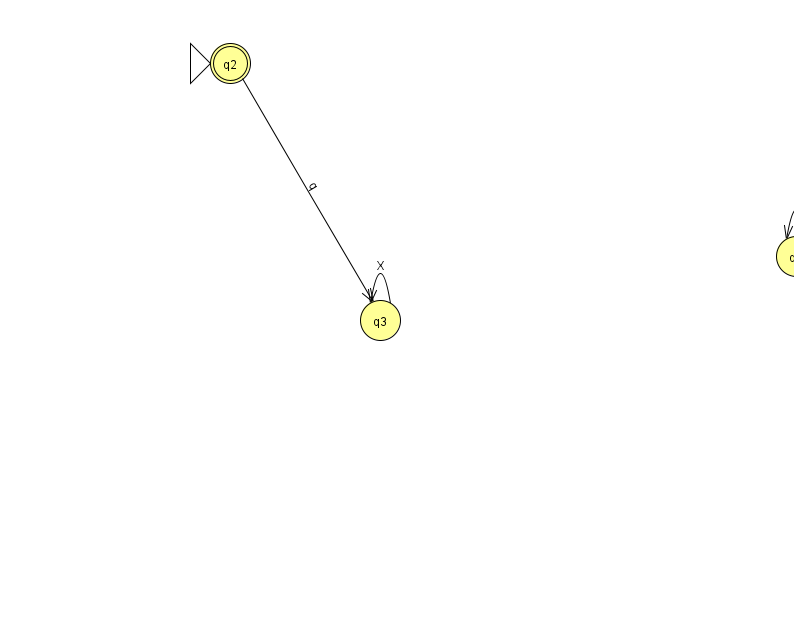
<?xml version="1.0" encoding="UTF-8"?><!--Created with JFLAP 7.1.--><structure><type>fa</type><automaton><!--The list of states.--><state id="1" name="q1"><x>796.0</x><y>243.0</y></state><state id="2" name="q2"><x>230.0</x><y>50.0</y><initial/><final/></state><state id="3" name="q3"><x>380.0</x><y>307.0</y></state><!--The list of transitions.--><transition><from>1</from><to>1</to><read>q</read></transition><transition><from>3</from><to>3</to><read>X</read></transition><transition><from>2</from><to>3</to><read>q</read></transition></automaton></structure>